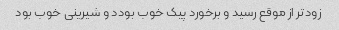
زود‌تر از موقع رسید و برخورد پیک خوب بودد و شیرینی خوب بود